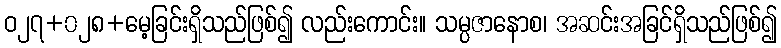
ဝ၂၇+၀၂၈+မေ့ခြင်းရှိသည်ဖြစ်၍ လည်းကောင်း။ သမ္ပဇာနောစ၊ အဆင်းအခြင်ရှိသည်ဖြစ်၍